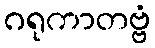
ဂရုကာတဗ္ဗံ